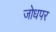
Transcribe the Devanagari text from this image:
जोधपर